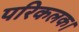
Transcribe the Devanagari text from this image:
परिकलक।